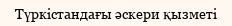
Түркістандағы әскери қызметі